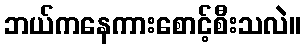
ဘယ်ကနေကားစောင့်စီးသလဲ။